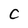
Character: C